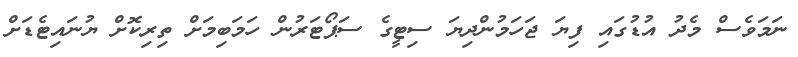
ނަމަވެސް މެދު އުޑުގައި ފިޔަ ޖަހަމުންދިޔަ ސިޓީގެ ސަޕޯޓަރުން ހަމަބިމަށް ތިރިކޮށް ޔުނައިޓެޑަށް